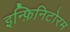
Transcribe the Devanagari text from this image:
इन्फ़िनिटोरम